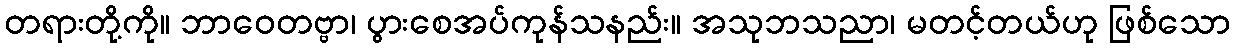
တရားတို့ကို။ ဘာဝေတဗ္ဗာ၊ ပွားစေအပ်ကုန်သနည်း။ အသုဘသညာ၊ မတင့်တယ်ဟု ဖြစ်သော